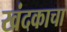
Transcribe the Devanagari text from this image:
खंदकाचा